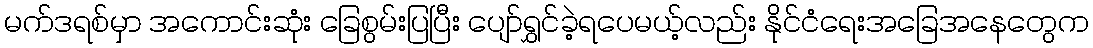
မက်ဒရစ်မှာ အကောင်းဆုံး ခြေစွမ်းပြပြီး ပျော်ရွှင်ခဲ့ရပေမယ့်လည်း နိုင်ငံရေးအခြေအနေတွေက